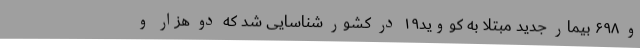
و ۶۹۸ بیمار جدید مبتلا به کووید۱۹ در کشور شناسایی شد که دو هزار و